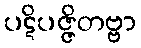
ပဋိပဇ္ဇိတဗ္ဗာ